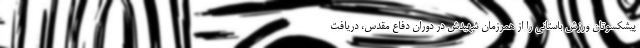
پیشکسوتان ورزش باستانی را از همرزمان شهیدش در دوران دفاع مقدس، دریافت